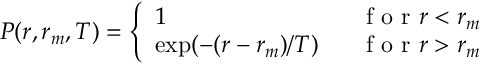
P ( r , r _ { m } , T ) = \left\{ \begin{array} { l l } { 1 \ \ \ \ } & { \mathrm { ~ f ~ o ~ r ~ } r < r _ { m } \medskip } \\ { \exp ( - ( r - r _ { m } ) / T ) \ \ } & { \mathrm { ~ f ~ o ~ r ~ } r > r _ { m } } \end{array} \right.